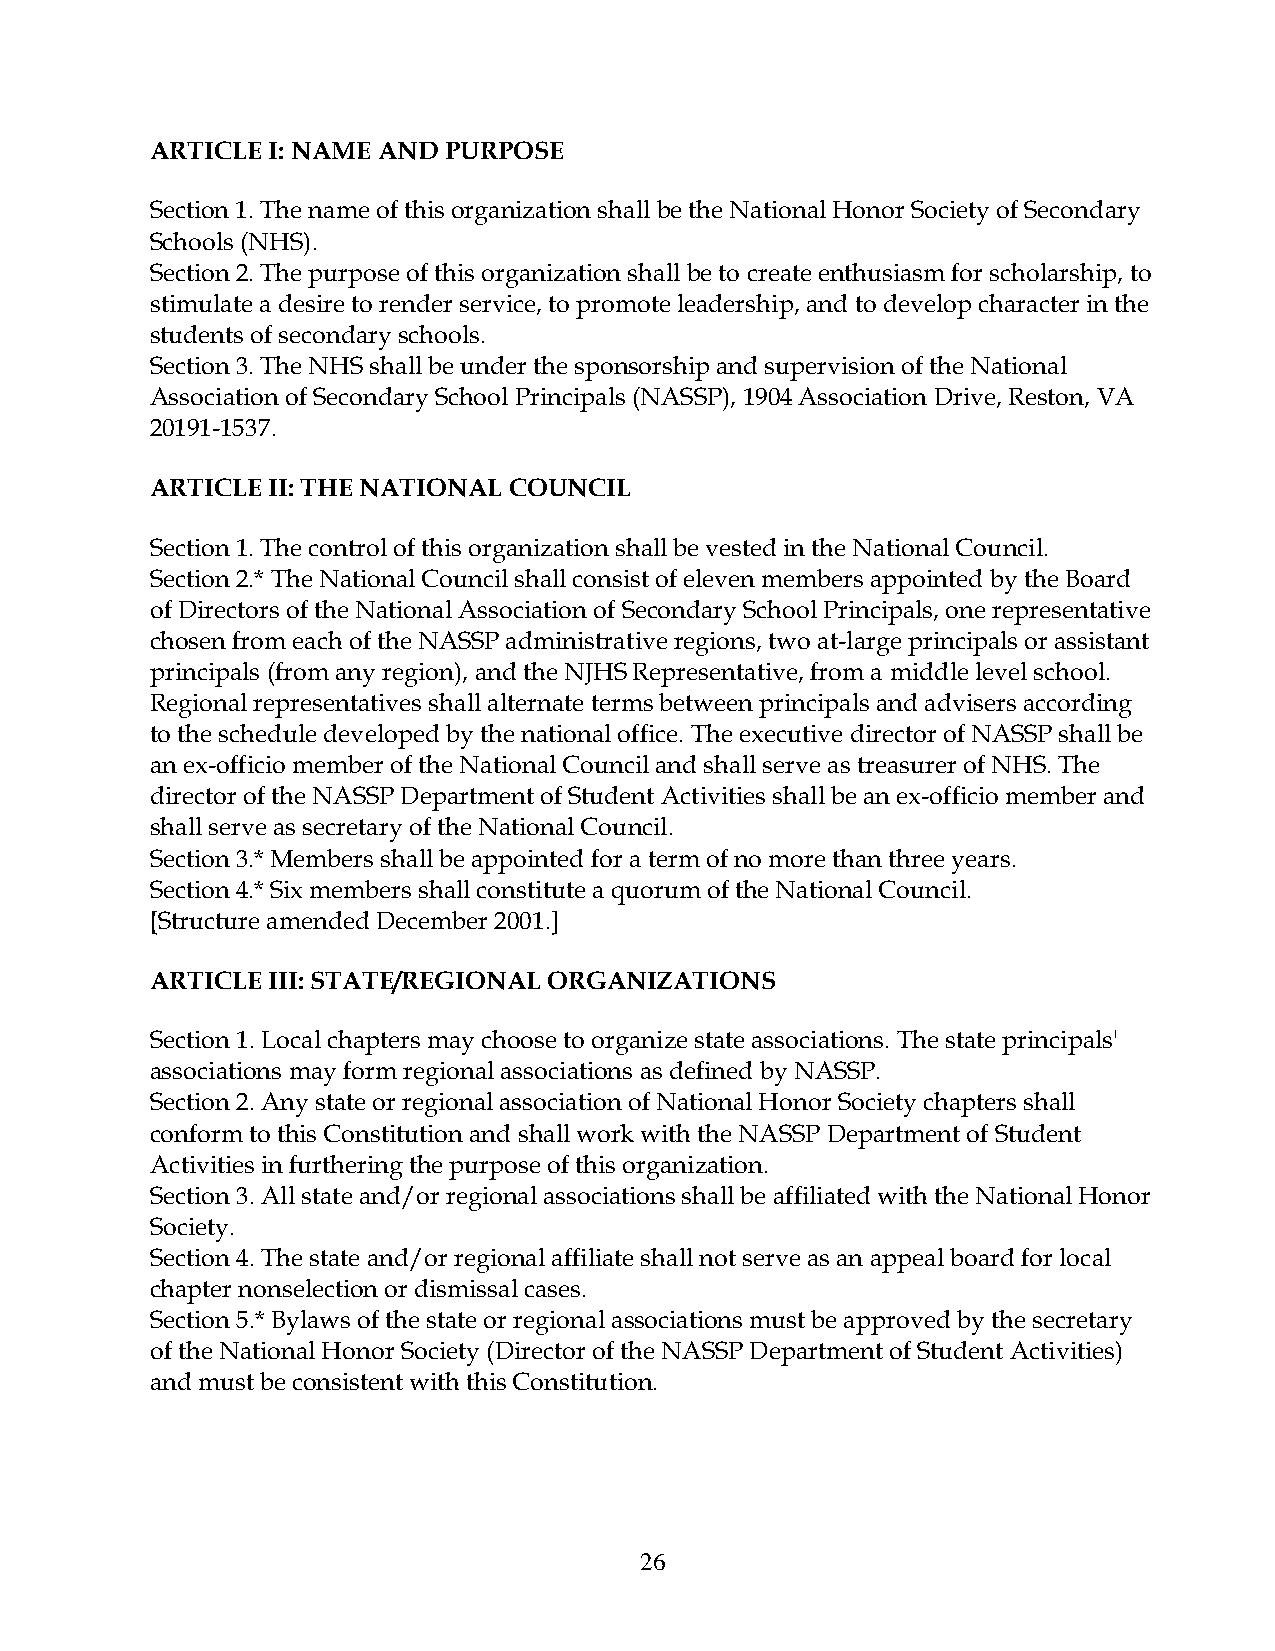
ARTICLE I: NAME AND PURPOSE
 Section 1. The name of this organization shall be the National Honor Society of Secondary
 Schools (NHS).
 Section 2. The purpose of this organization shall be to create enthusiasm for scholarship, to
 stimulate a desire to render service, to promote leadership, and to develop character in the
 students of secondary schools.
 Section 3. The NHS shall be under the sponsorship and supervision of the National
 Association of Secondary School Principals (NASSP), 1904 Association Drive, Reston, VA
 20191-1537.
 ARTICLE II: THE NATIONAL COUNCIL
 Section 1. The control of this organization shall be vested in the National Council.
 Section 2.* The National Council shall consist of eleven members appointed by the Board
 of Directors of the National Association of Secondary School Principals, one representative
 chosen from each of the NASSP administrative regions, two at-large principals or assistant
 principals (from any region), and the NJHS Representative, from a middle level school.
 Regional representatives shall alternate terms between principals and advisers according
 to the schedule developed by the national office. The executive director of NASSP shall be
 an ex-officio member of the National Council and shall serve as treasurer of NHS. The
 director of the NASSP Department of Student Activities shall be an ex-officio member and
 shall serve as secretary of the National Council.
 Section 3.* Members shall be appointed for a term of no more than three years.
 Section 4.* Six members shall constitute a quorum of the National Council.
 [Structure amended December 2001.]
 ARTICLE III: STATE/REGIONAL ORGANIZATIONS
 Section 1. Local chapters may choose to organize state associations. The state principals'
 associations may form regional associations as defined by NASSP.
 Section 2. Any state or regional association of National Honor Society chapters shall
 conform to this Constitution and shall work with the NASSP Department of Student
 Activities in furthering the purpose of this organization.
 Section 3. All state and/or regional associations shall be affiliated with the National Honor
 Society.
 Section 4. The state and/or regional affiliate shall not serve as an appeal board for local
 chapter nonselection or dismissal cases.
 Section 5.* Bylaws of the state or regional associations must be approved by the secretary
 of the National Honor Society (Director of the NASSP Department of Student Activities)
 and must be consistent with this Constitution.
 26